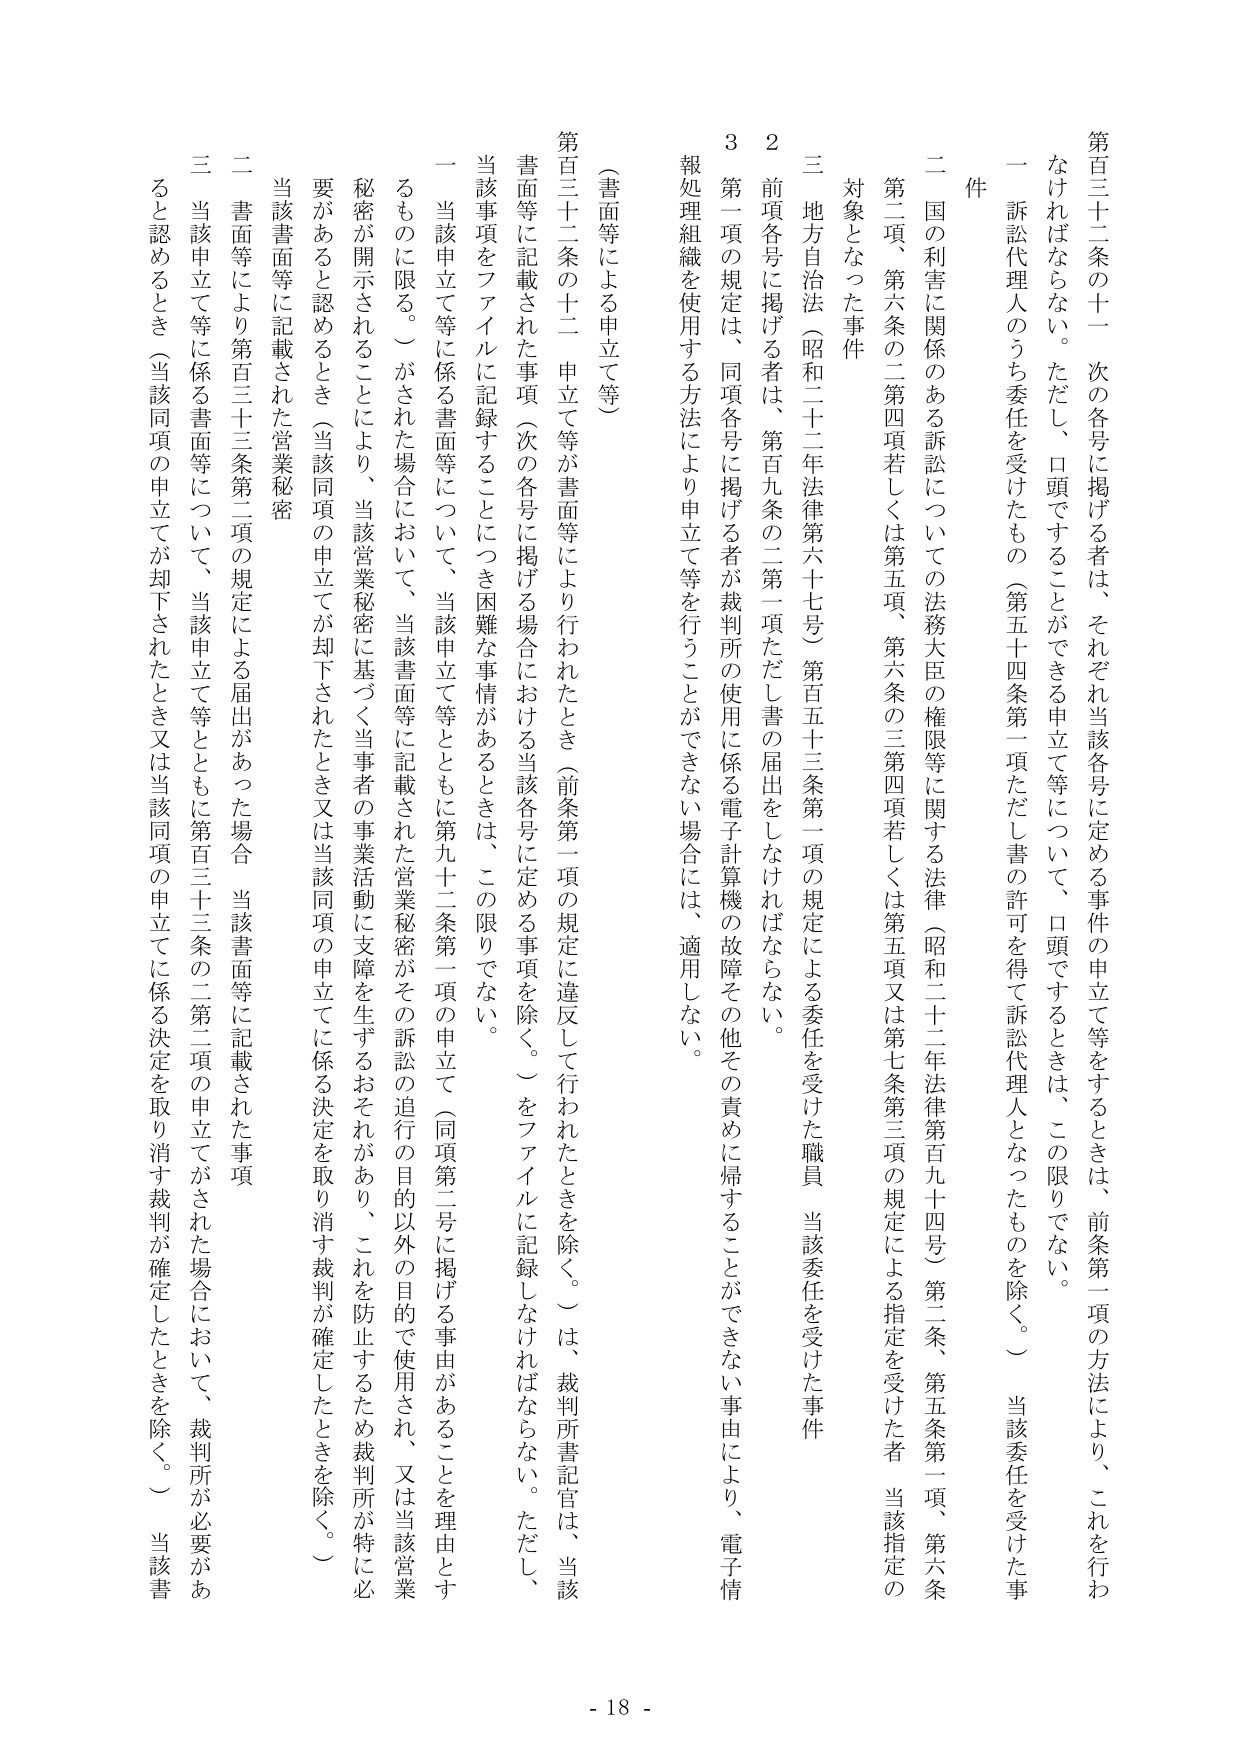
第百三十二条の十一 次の各号に掲げる者は、それぞれ当該各号に定める事件の申立て等をするときは、前条第一項の方法により、これを行わなければならない。ただし、口頭ですることができる申立て等について、口頭ですることをは、この限りでない。

一 訴訟代理人のうち委任を受けたもの（第五十四条第一項ただし書の許可を得て訴訟代理人となったものを除く。） 当該委任を受けた事

件

二 国の利害に関係のある訴訟についての法務大臣の権限等に関する法律（昭和二十二年法律第百九十四号）第二条、第五条第一項、第六条第二項、第六条の二第四項若しくは第五項、第六条の三第四項若しくは第五項又は第七条第三項の規定による指定を受けた者 当該指定の対象となった事件

三 地方自治法（昭和二十二年法律第六十七号）第百五十三条第一項の規定による委任を受けた職員 当該委任を受けた事件

２ 前項各号に掲げる者は、第百九条の二第一項ただし書の届出をしなければならない。

３ 第一項の規定は、同項各号に掲げる者が裁判所の使用に係る電子計算機の故障その他その責めに帰することのできない事由により、電子情報処理組織を使用する方法により申立て等を行うことができない場合には、適用しない。

（書面等による申立て等）

第百三十二条の十二 申立て等が書面等により行われたとき（前条第一項の規定に違反して行われたときを除く。）は、裁判所書記官は、当該書面等に記載された事項（次の各号に掲げる場合における当該各号に定める事項を除く。）をファイルに記録しなければならない。ただし、当該事項をファイルに記録することにつき困難な事情があるときは、この限りでない。

一 当該申立て等に係る書面等について、当該申立て等とともに第九十二条第一項の申立て（同項第二号に掲げる事由があることを理由とするものに限る。）がされた場合において、当該書面等に記載された営業秘密がその訴訟の追行の目的以外の目的で使用され、又は当該営業秘密が開示されることにより、当該営業秘密に基づく当事者の事業活動に支障を生ずるおそれがあり、これを防止するため裁判所が特に必要があると認めるとき（当該同項の申立てが却下されたとき又は当該同項の申立てに係る決定を取り消す裁判が確定したときを除く。）

二 当該書面等に記載された営業秘密

三 当該申立て等に係る書面等について、当該申立て等とともに第百三十三条第二項の規定による届出があった場合 当該書面等に記載された事項

三 当該申立て等に係る書面等について、当該申立て等とともに第百三十三条の二第二項の申立てがされた場合において、裁判所が必要があると認めるとき（当該同項の申立てが却下されたとき又は当該同項の申立てに係る決定を取り消す裁判が確定したときを除く。） 当該書

- 18 -